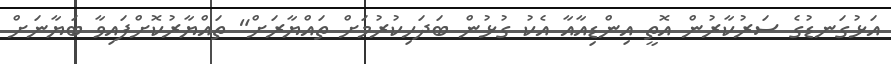
އަޅުގަނޑުގެ ސަރުކާރުން އޮތީ އިންޑިއާއާ އެކު ގުޅުން ބަދަހިކުރުމަށް ތައްޔާރަށް" ތައްޔާރުކޮށްފައިވާ ބަޔާނަށް